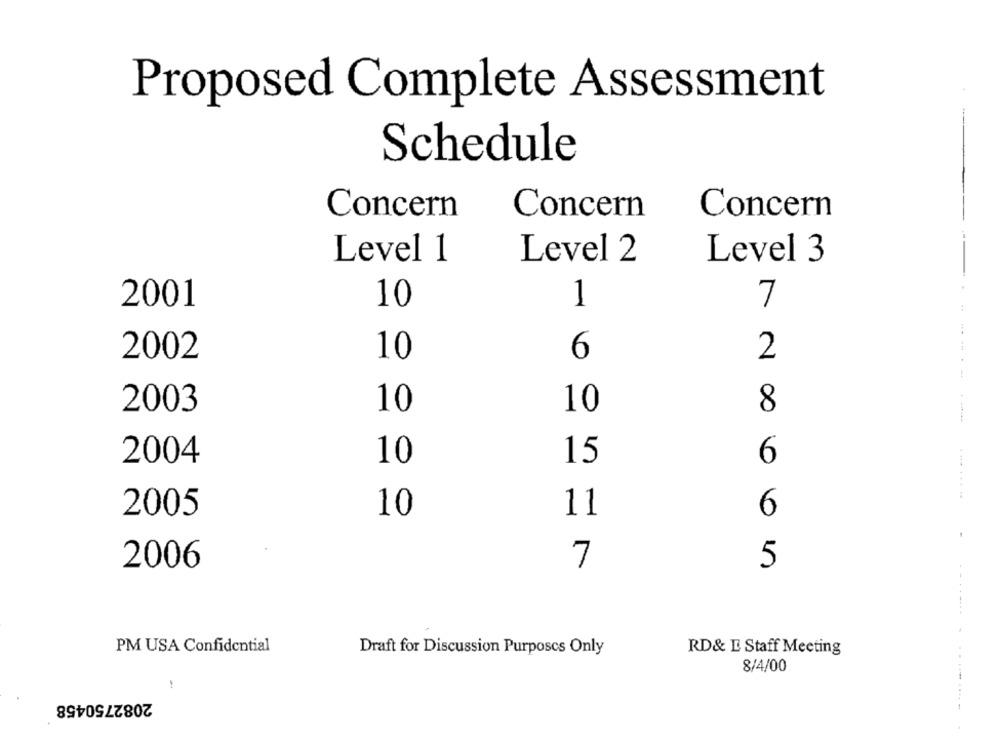
Proposed Complete Assessment
Schedule
Concern
Concern
Concern
Level 1
Level 2
Level 3
2001
10
1
7
2002
10
6
2
2003
10
10
8
--------
2004
10
15
6
2005
10
11
6
7
5
2006
.......
PM USA Confidential
Draft for Discussion Purposes Only
RD& E Staff Meeting
8/4/00
2082750458